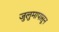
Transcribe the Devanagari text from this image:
जुलुमापासून